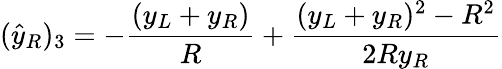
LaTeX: ({\hat{y}}_{R})_{3}=-{\frac{(y_{L}+y_{R})}{R}}+{\frac{(y_{L}+y_{R})^{2}-R^{2}}{2Ry_{R}}}